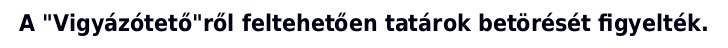
A "Vigyázótető"ről feltehetően tatárok betörését figyelték.